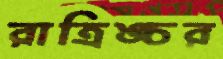
রাত্রিঙ্চর